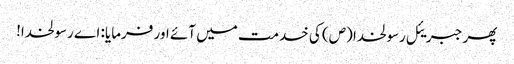
پھر جبریئل رسولخدا (ص) کی خدمت میں آئے اور فرمایا: اے رسولخدا!